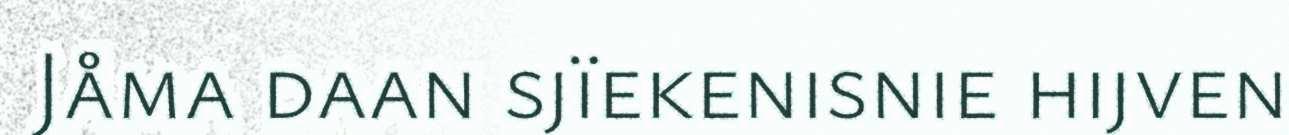
Jåma daan sjïekenisnie hijven